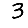
Digit: 3